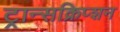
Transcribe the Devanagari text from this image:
ट्रान्सक्रिप्शन